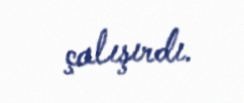
çalışırdı.